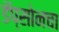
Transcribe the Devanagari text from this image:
डॅप्सोनचा